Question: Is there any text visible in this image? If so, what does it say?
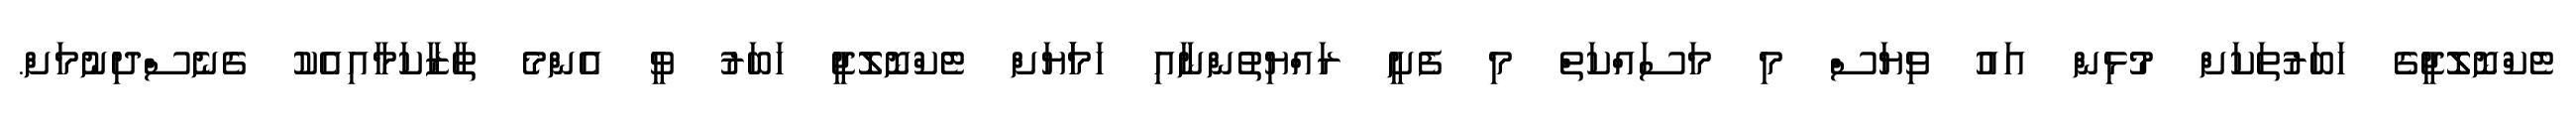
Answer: ޓެކްނޮލޮޖީގެ ހަބަރުތަކަށް މުޅިން އައު ވިޔަސް މި މަސައްކަތް މި ފެށީ ރައްޔިތުންނާއި ހަމަަޔަށް ޓެކްނޮލޮޖީ ހަބަރު ވީ އެންމެ ތާޒާކަމާއިއެކު ގެނެސްދިނުމަށް.